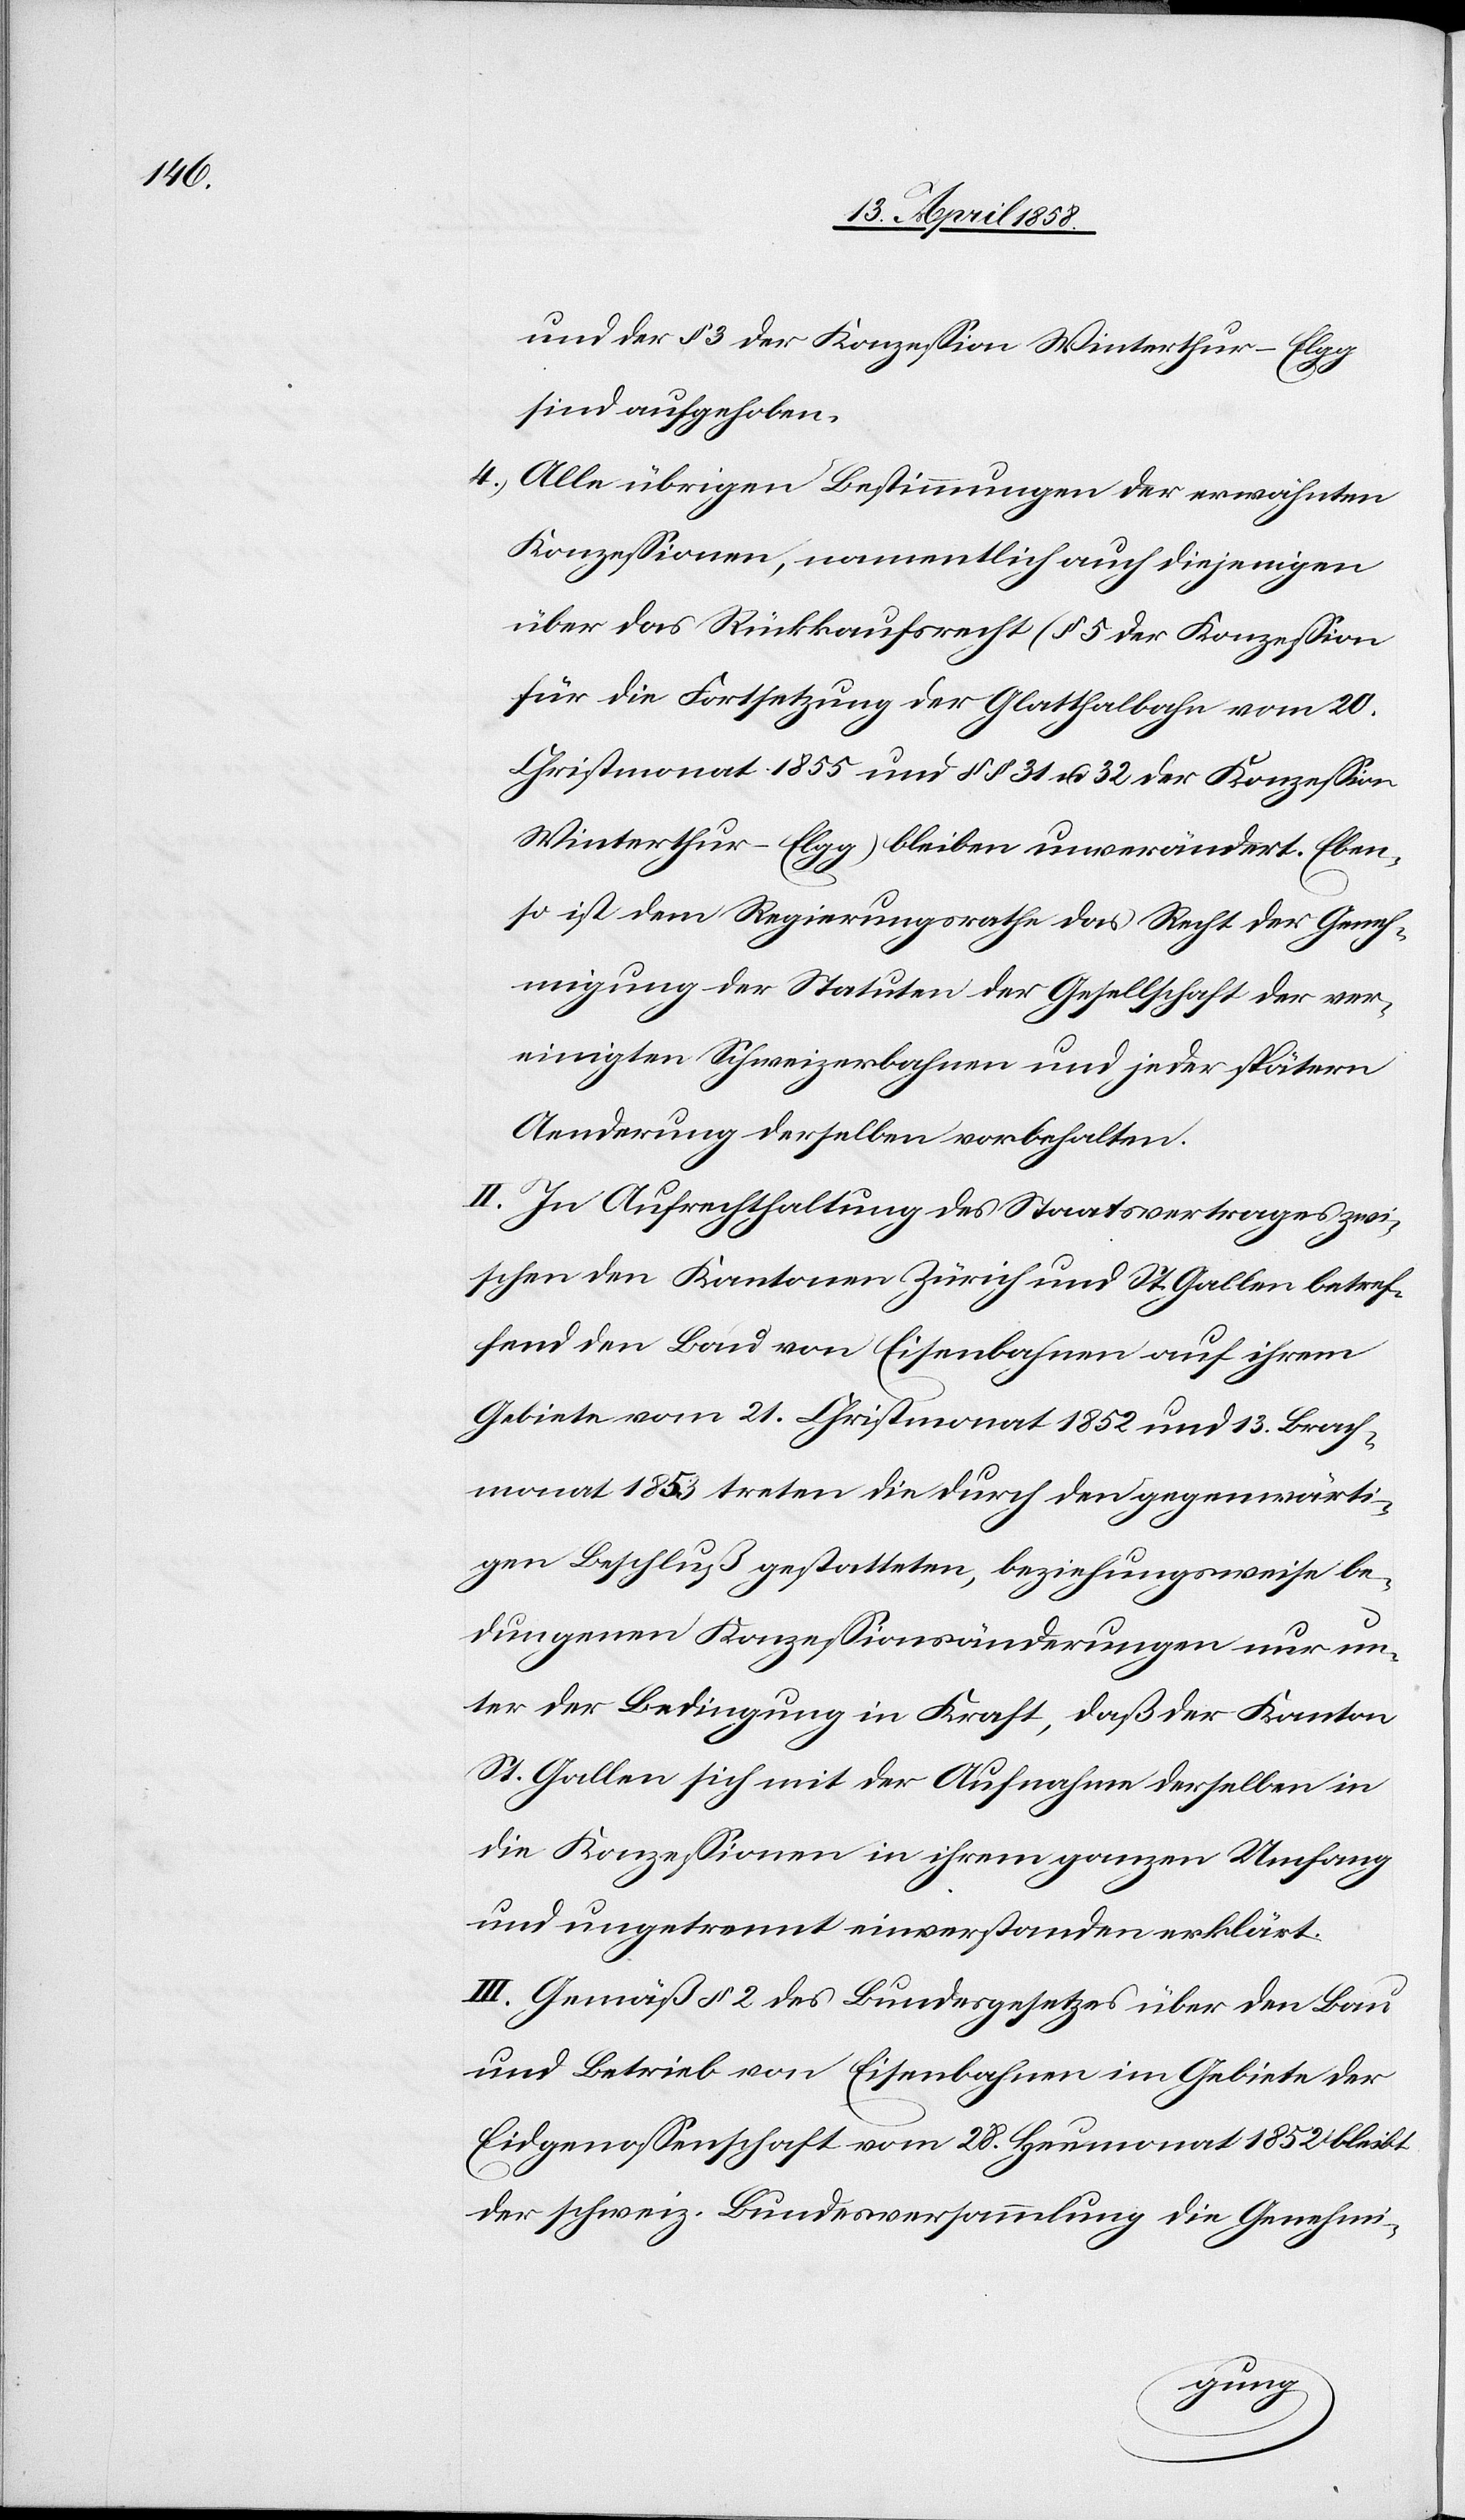
und der § 3 der Konzession Winterthur–Elgg
sind aufgehoben.
4.) Alle übrigen Bestimmungen der erwähnten
Konzessionen, namentlich auch diejenigen
über das Rückkaufsrecht (§ 5 der Konzession
für die Fortsetzung der Glatthaltbahn vom 20.
Christmonat 1855 und §§ 31 u. 32 der Konzession
Winterthur–Elgg) bleiben unverändert. Eben¬
so ist dem Regierungsrathe das Recht der Geneh¬
migung der Statuten der Gesellschaft der ver¬
einigten Schweizerbahnen und jeder spätern
Aenderung derselben vorbehalten.
II. In Aufrechthaltung des Staatsvertrages zwi¬
schen den Kantonen Zürich und St. Gallen betref¬
fend den Bau von Eisenbahnen auf ihrem
Gebiete vom 21. Christmonat 1852 und 13. Brach¬
monat 1853 treten die durch den gegenwärti¬
gen Beschluß gestatteten, beziehungsweise be¬
dungenen Konzessionsänderungen nur un¬
ter der Bedingung in Kraft, daß der Kanton
St. Gallen sich mit der Aufnahme derselben in
die Konzessionen in ihrem ganzen Umfang
und ungetrennt einverstanden erklärt.
III. Gemäß § 2 des Bundesgesetzes über den Bau
und Betrieb von Eisenbahnen im Gebiete der
Eidgenossenschaft vom 28. Heumonat 1852 bleibt
der schweiz. Bundesversammlung die Genehmi-